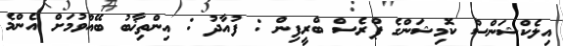
އިލެކްޝަންސް ކޮމިޝަންގެ ޕްރެސް ބްރީފިން : ފުއާދު : އިންތިޚާބު ބޭއްވުމަށް އެންމެ